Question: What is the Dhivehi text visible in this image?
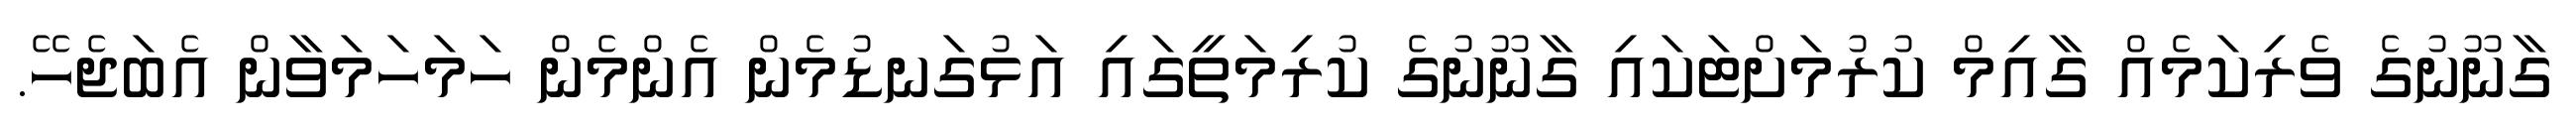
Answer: ގާނޫނުގެ ވެރިކަމެއް ގާއިމް ކުރުމަށްޓަކައި ގާނޫނުގެ ކުރިމަތީގައި އަޅުގަނޑުމެން އެންމެން ހަމަހަމަވާން އެބަޖެހޭ.